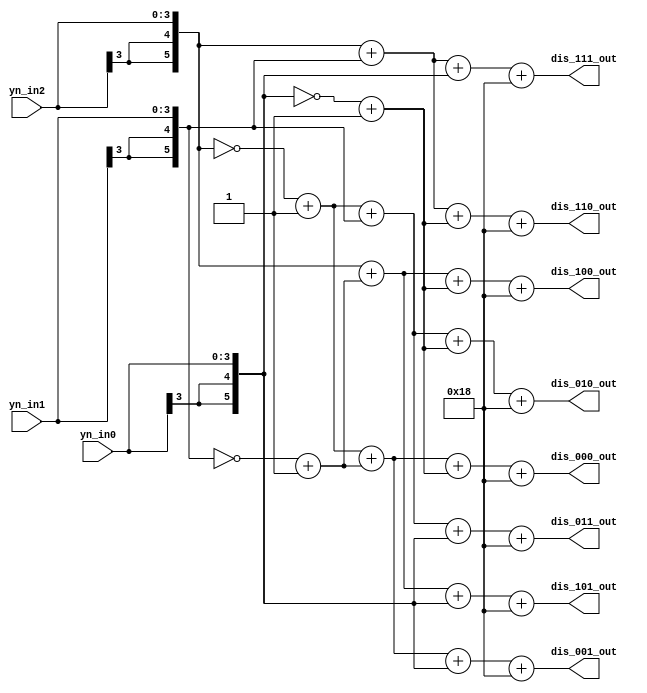
//===========================================
//Branch metric unit for viterbi decoder
//EESM518 final project
//Wai Kin Cheng
//Lo Hon Yik
//===========================================
module BMU(
	yn_in0, 
	yn_in1,
	yn_in2,
	dis_000_out, 
	dis_001_out, 
	dis_010_out, 
	dis_011_out,
	dis_100_out, 
	dis_101_out, 
	dis_110_out, 
	dis_111_out
);

//-----------------
//Input/output
//-----------------
input			[3:0]	yn_in0; 
input			[3:0]	yn_in1;
input			[3:0]	yn_in2;
output			[5:0]	dis_000_out;
output			[5:0]	dis_001_out;
output			[5:0]	dis_010_out;
output			[5:0]	dis_011_out;
output			[5:0]	dis_100_out;
output			[5:0]	dis_101_out;
output			[5:0]	dis_110_out;
output			[5:0]	dis_111_out;

//---------------
//sign extension
//---------------
wire			[5:0]	yn_in0_ext; 
wire			[5:0]	yn_in1_ext;
wire			[5:0]	yn_in2_ext;

//------------------
//sign invert
//------------------ 
wire			[5:0]	yn_in0_ext_n;
wire			[5:0]	yn_in1_ext_n;
wire			[5:0]	yn_in2_ext_n;

//------------------
//hamming distance
//------------------
wire			[5:0]	dis_000;
wire			[5:0]	dis_001;
wire			[5:0]	dis_010;
wire			[5:0]	dis_011;
wire			[5:0]	dis_100;
wire			[5:0]	dis_101;
wire			[5:0]	dis_110;
wire			[5:0]	dis_111;

//--------------------------
//hamming distance output
//--------------------------
wire			[5:0]	dis_000_out;
wire			[5:0]	dis_001_out;
wire			[5:0]	dis_010_out;
wire			[5:0]	dis_011_out;
wire			[5:0]	dis_100_out;
wire			[5:0]	dis_101_out;
wire			[5:0]	dis_110_out;
wire			[5:0]	dis_111_out;

//Sign extension for output
assign yn_in0_ext = {yn_in0[3], yn_in0[3], yn_in0};
assign yn_in1_ext = {yn_in1[3], yn_in1[3], yn_in1}; 
assign yn_in2_ext = {yn_in2[3], yn_in2[3], yn_in2}; 

//invert extended input
assign yn_in0_ext_n = ~yn_in0_ext + 1;
assign yn_in1_ext_n = ~yn_in1_ext + 1;
assign yn_in2_ext_n = ~yn_in2_ext + 1;

//calculate hamming distance by euclidean square

assign dis_000 = yn_in2_ext_n + yn_in1_ext_n + yn_in0_ext_n;
assign dis_001 = yn_in2_ext_n + yn_in1_ext_n + yn_in0_ext;
assign dis_010 = yn_in2_ext_n + yn_in1_ext + yn_in0_ext_n;
assign dis_011 = yn_in2_ext_n + yn_in1_ext + yn_in0_ext;
assign dis_100 = yn_in2_ext + yn_in1_ext_n + yn_in0_ext_n;
assign dis_101 = yn_in2_ext + yn_in1_ext_n + yn_in0_ext;
assign dis_110 = yn_in2_ext + yn_in1_ext + yn_in0_ext_n;
assign dis_111 = yn_in2_ext + yn_in1_ext + yn_in0_ext;

/*
assign dis_000 = yn_in2_ext + yn_in1_ext + yn_in0_ext;
assign dis_001 = yn_in2_ext + yn_in1_ext + yn_in0_ext_n;
assign dis_010 = yn_in2_ext + yn_in1_ext_n + yn_in0_ext;
assign dis_011 = yn_in2_ext + yn_in1_ext_n + yn_in0_ext_n;
assign dis_100 = yn_in2_ext_n + yn_in1_ext + yn_in0_ext;
assign dis_101 = yn_in2_ext_n + yn_in1_ext + yn_in0_ext_n;
assign dis_110 = yn_in2_ext_n + yn_in1_ext_n + yn_in0_ext;
assign dis_111 = yn_in2_ext_n + yn_in1_ext_n + yn_in0_ext_n;
*/

//Force metric to positive number
assign dis_000_out = dis_000 + 24;
assign dis_001_out = dis_001 + 24;
assign dis_010_out = dis_010 + 24;
assign dis_011_out = dis_011 + 24;
assign dis_100_out = dis_100 + 24;
assign dis_101_out = dis_101 + 24;
assign dis_110_out = dis_110 + 24;
assign dis_111_out = dis_111 + 24;

endmodule